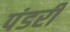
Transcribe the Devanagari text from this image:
पंडरी